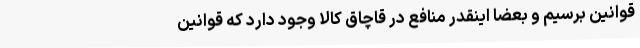
قوانین برسیم و بعضا اینقدر منافع در قاچاق کالا وجود دارد که قوانین